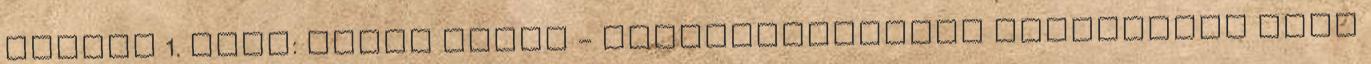
vagyok 1. rész: Ennie Smith - Kisasszonyképző Galaktikus Book